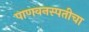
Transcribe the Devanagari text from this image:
पाणवनस्पतीचा